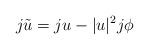
LaTeX: \begin{align*}j\tilde{u}=ju-|u|^2j\phi\end{align*}